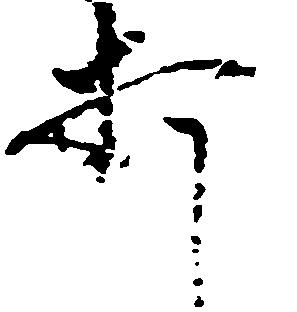
打